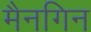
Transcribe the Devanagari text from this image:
मैनगिन